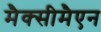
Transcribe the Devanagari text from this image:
मैक्सीमैएन